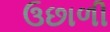
ઉછાળી